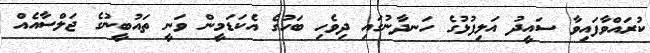
ކުރައްވާފައިވާ ސައީދު އަލިފުޅުގެ ހަނދާނުގައި ދިވެހި ބަހުގެ އެކަަޑަމީން ވަނީ ތައުބީނުގެ ޖަލްސާއެއް